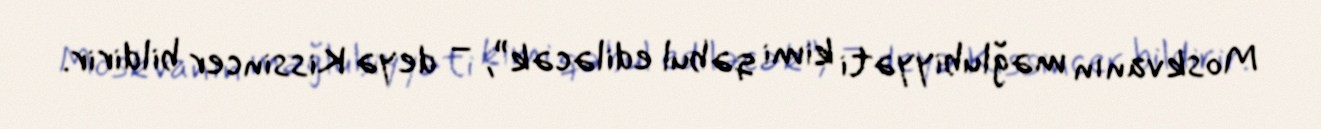
Moskvanın məğlubiyyəti kimi qəbul ediləcək”, – deyə Kissincer bildirir.